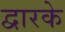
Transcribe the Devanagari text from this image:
द्वारके